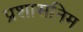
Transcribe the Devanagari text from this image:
प्रशासनिम